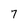
Character: 7